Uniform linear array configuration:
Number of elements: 12
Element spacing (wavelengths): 0.25
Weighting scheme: blackman
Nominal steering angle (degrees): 30
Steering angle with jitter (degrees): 30.133
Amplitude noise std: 0.05
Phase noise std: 0.05

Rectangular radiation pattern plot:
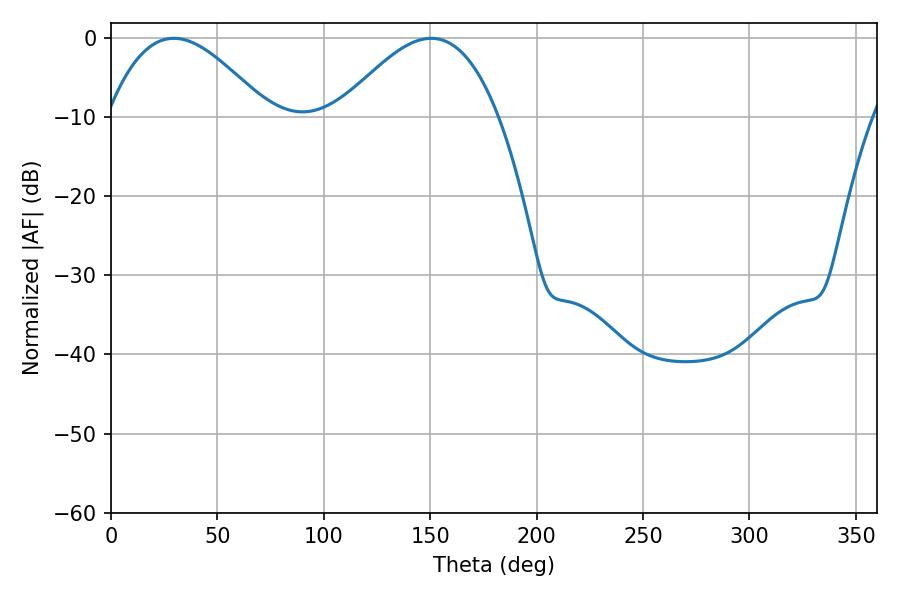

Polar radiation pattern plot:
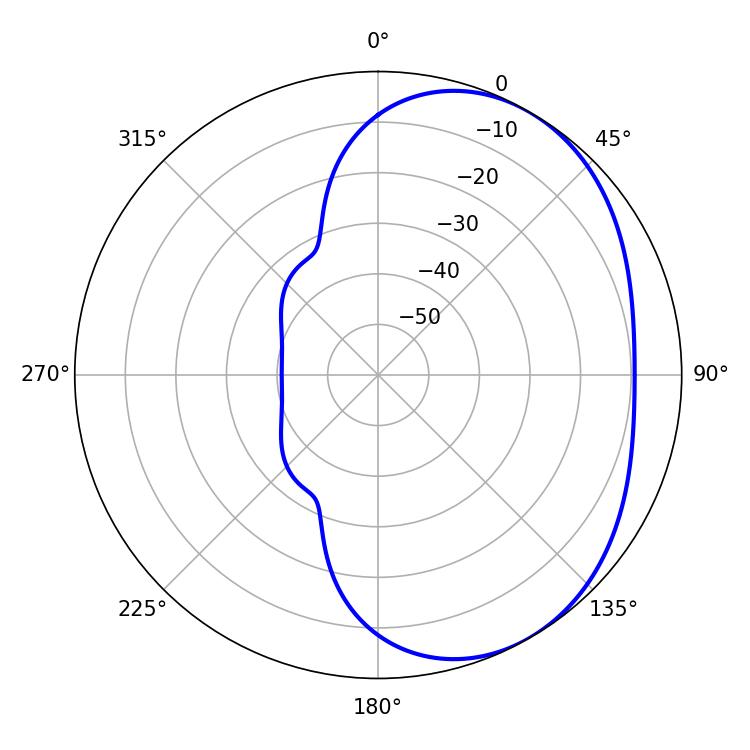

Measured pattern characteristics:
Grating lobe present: FALSE
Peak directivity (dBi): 3.626
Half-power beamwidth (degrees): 40.68
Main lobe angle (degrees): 29.52